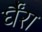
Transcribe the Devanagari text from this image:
र्घैंरा